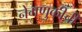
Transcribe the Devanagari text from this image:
नेमणुकीची